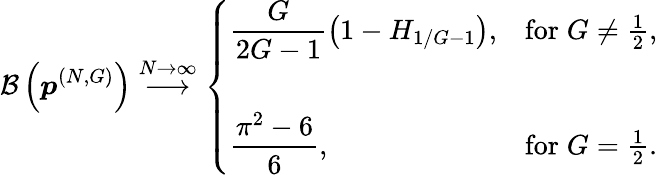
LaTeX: \mathcal{B}\left(\boldsymbol{p}^{(N,G)}\right)\stackrel{N\to\infty}{\longrightarrow}\left\{ \begin{array}{ll}{\displaystyle\frac{G}{2G-1}\left(1-H_{1/G-1}\right),}&{\mathrm{for\; }G\neq\frac{1}{2},}\\ {\quad}\\ {\displaystyle\frac{\pi^{2}-6}{6},}&{\mathrm{for\; }G=\frac{1}{2}.}\end{array}\right.